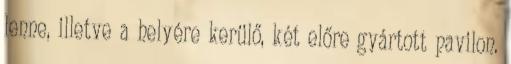
lenne, illetve a helyére kerülő, két előre gyártott pavilon.